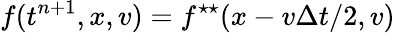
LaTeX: f(t^{n+1},x,v)=f^{\star\star}(x-v\Delta t/2,v)